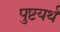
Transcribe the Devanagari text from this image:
पुष्टयर्थं